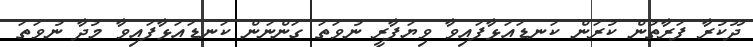
ދޫކުރާ ފަރާތުން ކުރަން ކަނޑައަޅާފައިވާ ވިޔަފާރީ ނުވަތަ ގަންނަން ކަނޑައަޅާފައިވާ މުދާ ނުވަތަ